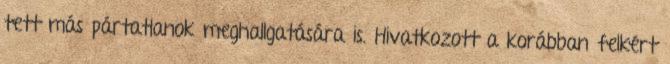
tett más pártatlanok meghallgatására is. Hivatkozott a korábban felkért